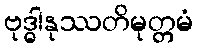
ဗုဒ္ဓါနုဿတိမုတ္တမံ